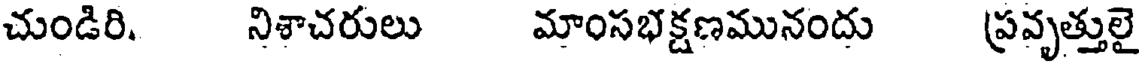
చుండిరి. నిశాచరులు మాంసభక్షణమునందు ప్రవృత్తులై